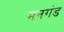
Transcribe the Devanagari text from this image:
मनगंड